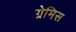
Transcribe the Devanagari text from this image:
ग्रेमिस